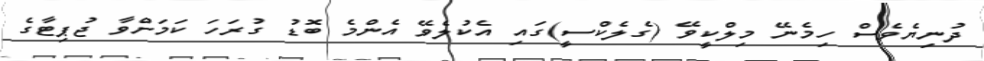
ދުނިޔެވެސް ހިމެނޭ މިލްކީވޭ (ގެލެކްސީ)ގައި އެކުލެވޭ އެންމެ ބޮޑު ގުރަހަ ކަމަށްވާ ޖުޕިޓާގެ